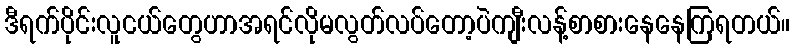
ဒီရက်ပိုင်းလူငယ်တွေဟာအရင်လိုမလွတ်လပ်တော့ပဲကျီးလန့်စာစားနေနေကြရတယ်။